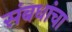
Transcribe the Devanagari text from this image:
संबधांचा